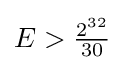
{\textstyle E>{\frac {2^{32}}{30}}}